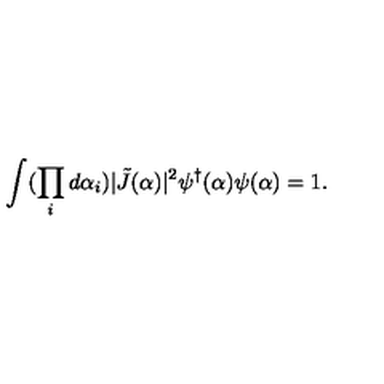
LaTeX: \int ( \prod _ { i } d \alpha _ { i } ) \vert \tilde { J } ( \alpha ) \vert ^ { 2 } \psi ^ { \dagger } ( \alpha ) \psi ( \alpha ) = 1 .